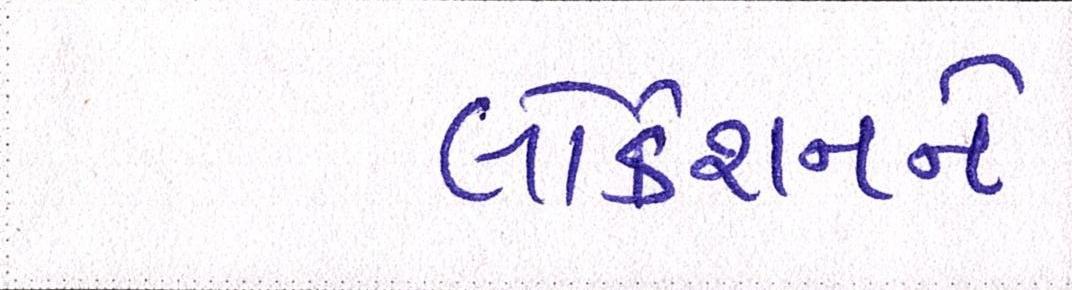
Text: લોકેશનને